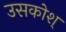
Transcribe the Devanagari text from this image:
उसकोश्